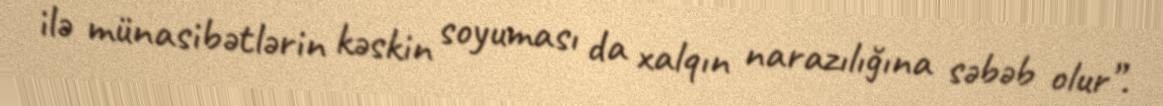
ilə münasibətlərin kəskin soyuması da xalqın narazılığına səbəb olur”.